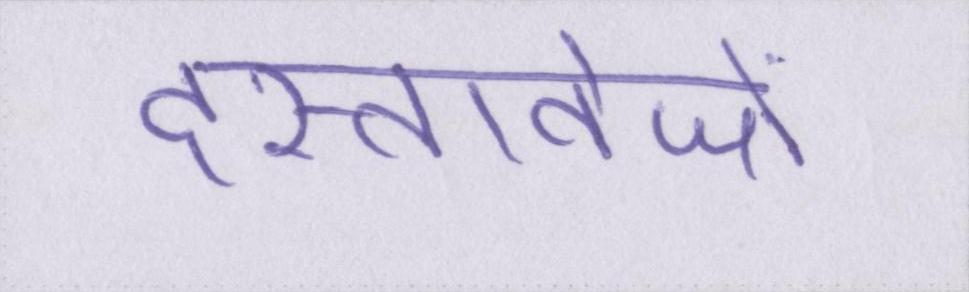
दस्तावेजों